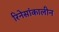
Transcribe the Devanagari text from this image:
रिनेसांकालीन